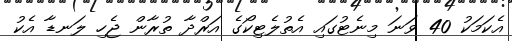
އެކަމަކު 40 ވަނަ މިނެޓުގައި އެތުލެޓިކޯގެ އަރްދާ ތުރާން ޖެހި ލަނޑާ އެކު